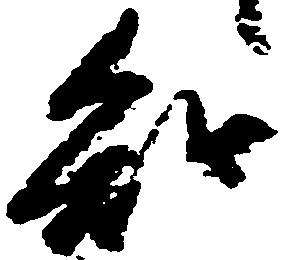
知